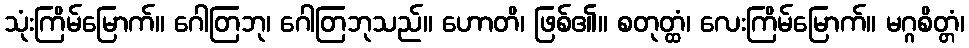
သုံးကြိမ်မြောက်။ ဂေါတြဘု၊ ဂေါတြဘုသည်။ ဟောတိ၊ ဖြစ်၏။ စတုတ္ထံ၊ လေးကြိမ်မြောက်။ မဂ္ဂစိတ္တံ၊